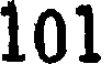
101